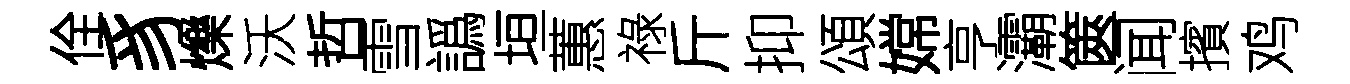
佺豸爍沃哲雪譌垣蕙祿斤抑頌嫦亨灞篋闻擯鸡